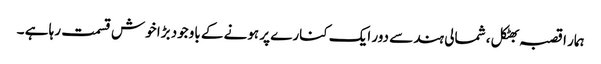
ہمار ا قصبہ بھٹکل ، شمالی ہند سے دور ایک کنارے پر ہونے کے باوجود بڑا خوش قسمت رہا ہے ۔